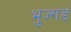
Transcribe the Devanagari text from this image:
भुज्गड